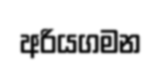
අරියගමන